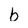
Character: b